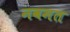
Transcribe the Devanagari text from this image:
नवमत